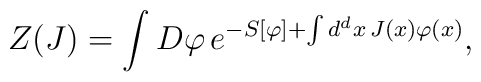
Z(J)=\int D\varphi\, e^{-S[\varphi]+\int d^{d}x\, J(x)\varphi(x)},